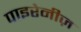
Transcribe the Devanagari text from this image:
पाइरेनीज़